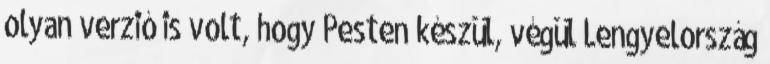
olyan verzió is volt, hogy Pesten készül, végül Lengyelország